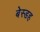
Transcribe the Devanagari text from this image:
बेस्डह